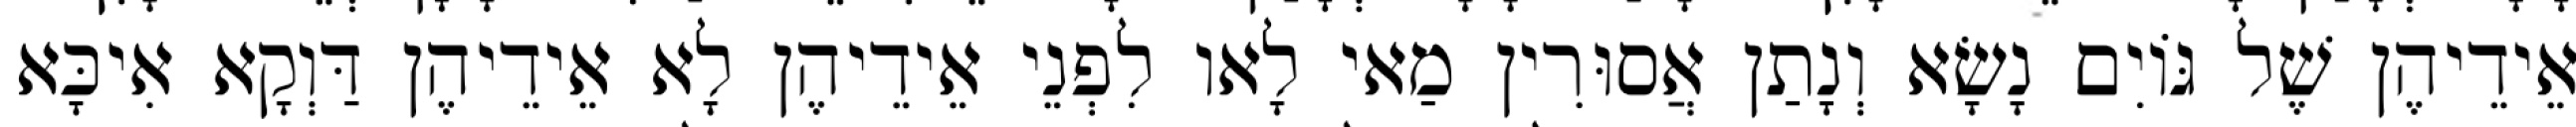
אֵידֵיהֶן שֶׁל גּוֹיִם נָשָׂא וְנָתַן אֲסוּרִין מַאי לָאו לִפְנֵי אֵידֵיהֶן לָא אֵידֵיהֶן דַּוְקָא אִיכָּא